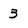
Character: 3